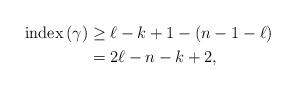
LaTeX: \begin{align*}\mathrm{index}\left( \gamma\right) & \geq\ell-k+1-\left( n-1-\ell\right)\\& =2\ell-n-k+2,\end{align*}